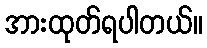
အားထုတ်ရပါတယ်။